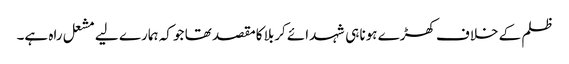
ظلم کے خلاف کھڑے ہونا ہی شہدائے کربلا کامقصد تھا جو کہ ہمارے لیے مشعل راہ ہے۔